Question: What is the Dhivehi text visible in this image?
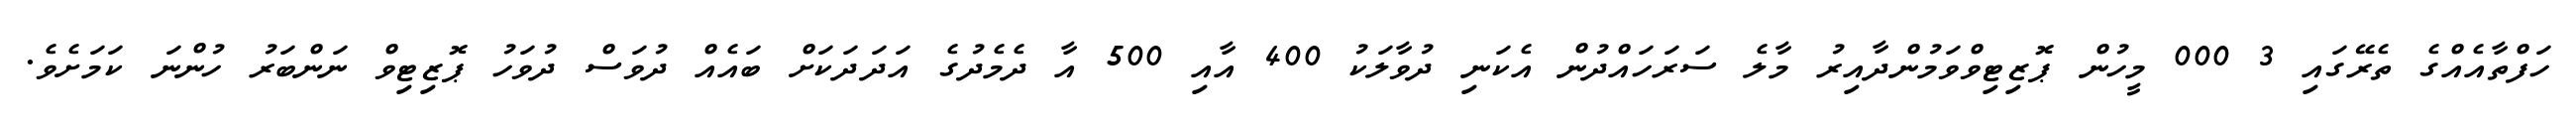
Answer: ހަފްތާއެއްގެ ތެރޭގައި 3 000 މީހުން ޕޮޒިޓިވްވަމުންދާއިރު މާލެ ސަރަހައްދުން އެކަނި ދުވާލަކު 400 އާއި 500 އާ ދެމެދުގެ އަދަދަކަށް ބައެއް ދުވަސް ދުވަހު ޕޮޒިޓިވް ނަންބަރު ހުންނަ ކަމަށެވެ.